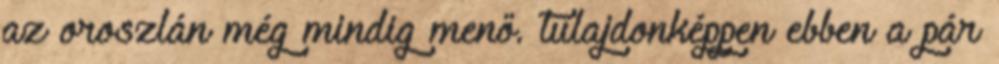
az oroszlán még mindig menő. tulajdonképpen ebben a pár